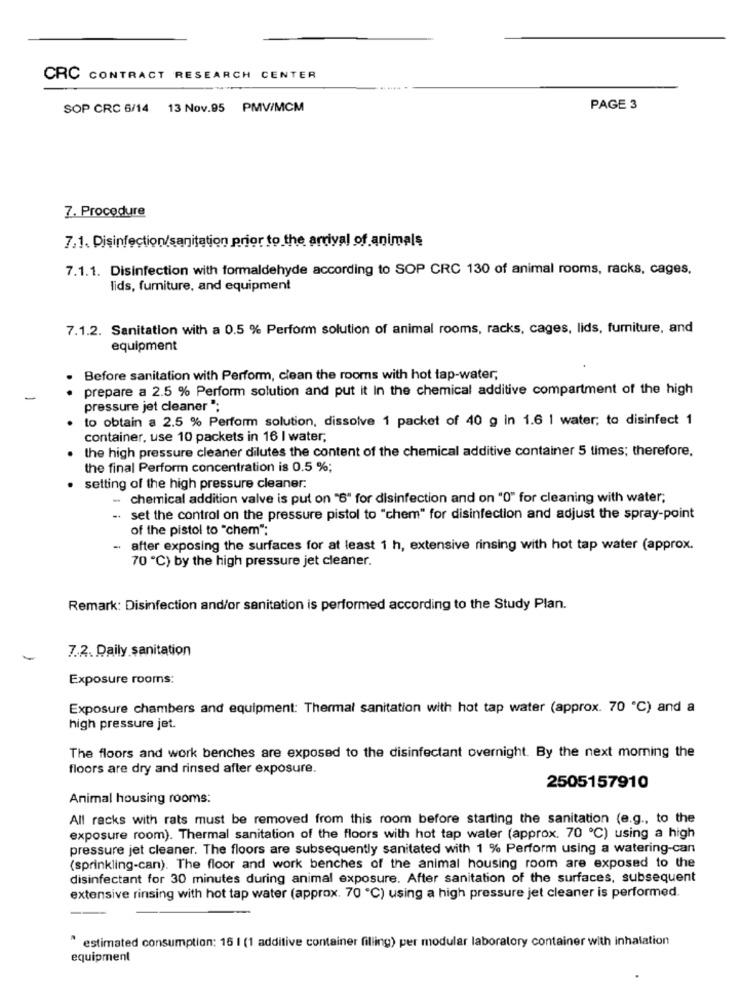
CRC CONTRACT RESEARCH CENTER
SOP CRC 6/14 13 Nov.95 PMV/MCM
PAGE 3
7. Procedure
7.1. Disinfection/sanitation prior to the arrival of animals
7.1.1. Disinfection with formaldehyde according to SOP CRC 130 of animal rooms, racks, cages,
lids, furniture, and equipment
7.1.2. Sanitation with a 0.5 % Perform solution of animal rooms, racks, cages, lids, furniture, and
equipment
Before sanitation with Perform, clean the rooms with hot tap-water,
prepare a 2.5 % Perform solution and put it In the chemical additive compartment of the high
pressure jet cleaner ";
to obtain a 2.5 % Perform solution, dissolve 1 packet of 40 g In 1.6 1 water; to disinfect 1
container, use 10 packets in 16 | water;
the high pressure cleaner dilutes the content of the chemical additive container 5 times; therefore,
the final Perform concentration is 0.5 %;
. setting of the high pressure cleaner:
- chemical addition valve is put on "6" for disinfection and on "0" for cleaning with water;
- set the control on the pressure pistol to "chem" for disinfection and adjust the spray-point
of the pistol to "chem";
- after exposing the surfaces for at least 1 h, extensive rinsing with hot tap water (approx.
70 ℃) by the high pressure jet cleaner.
Remark: Disinfection and/or sanitation is performed according to the Study Plan.
7.2. Daily sanitation
Exposure rooms:
Exposure chambers and equipment: Thermal sanitation with hot tap water (approx. 70 ℃) and a
high pressure jet.
The floors and work benches are exposed to the disinfectant overnight. By the next morning the
floors are dry and rinsed after exposure.
2505157910
Animal housing rooms:
All racks with rats must be removed from this room before starting the sanitation (e.g ., to the
exposure room). Thermal sanitation of the floors with hot tap water (approx. 70 ℃) using a high
pressure jet cleaner. The floors are subsequently sanitated with 1 % Perform using a watering-can
(sprinkling-can). The floor and work benches of the animal housing room are exposed to the
disinfectant for 30 minutes during animal exposure. After sanitation of the surfaces, subsequent
extensive rinsing with hot tap water (approx. 70 ℃) using a high pressure jet cleaner is performed.
" estimated consumption: 16 I (1 additive container filling) per modular laboratory container with inhalation
equipment